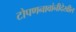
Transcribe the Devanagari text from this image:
टोपणनावांनीदेखील